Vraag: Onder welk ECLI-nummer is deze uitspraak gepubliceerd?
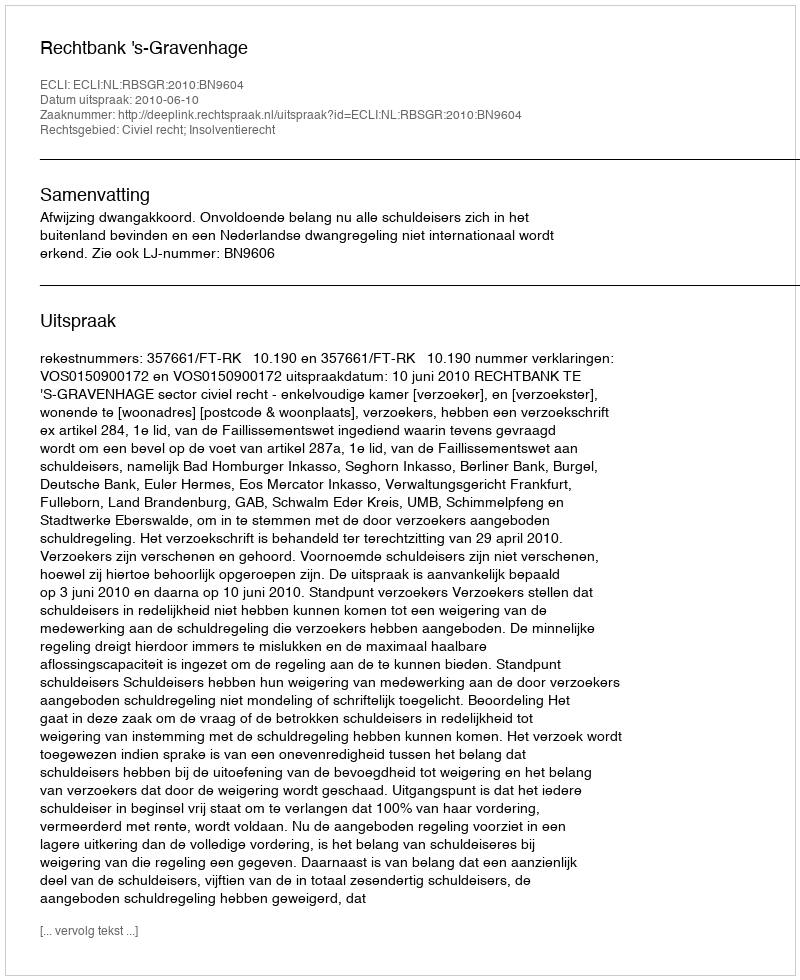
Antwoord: ECLI:NL:RBSGR:2010:BN9604